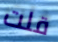
قلت